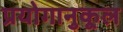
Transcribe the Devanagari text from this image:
प्रयोगानुकूल